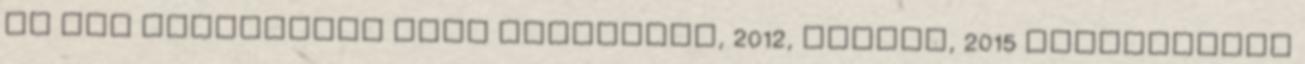
és két nagylemezt Dark Passenger, 2012, Medusa, 2015 jelentettek